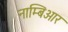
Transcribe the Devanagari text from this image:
नाम्बिआर